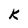
Character: k